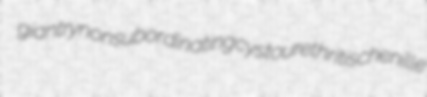
giantry nonsubordinating cystourethritis chenille